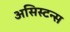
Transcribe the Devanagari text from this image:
असिस्टन्स